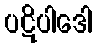
ပဋိပါဒေါ